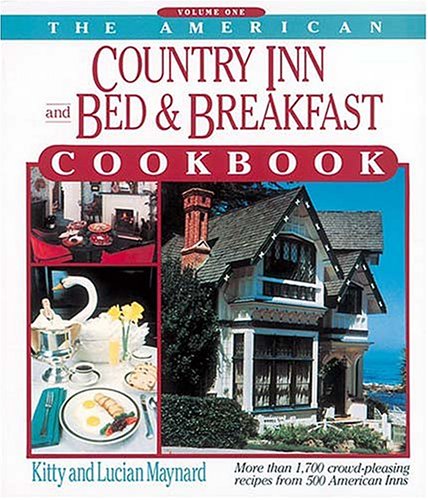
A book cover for The American Country Inn and Bed & Breakfast Cookbook, Vol. 1: More than 1,700 Crowd-Pleasing Recipes from 500 American Inns; Kitty Maynard; Cookbooks, Food & Wine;